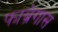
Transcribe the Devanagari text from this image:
फाब्रेगास